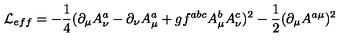
{ \cal L } _ { e f f } = - \frac { 1 } { 4 } ( \partial _ { \mu } A _ { \nu } ^ { a } - \partial _ { \nu } A _ { \mu } ^ { a } + g f ^ { a b c } A _ { \mu } ^ { b } A _ { \nu } ^ { c } ) ^ { 2 } - \frac { 1 } { 2 } ( \partial _ { \mu } A ^ { a \mu } ) ^ { 2 }